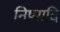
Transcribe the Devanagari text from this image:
निष्पादि